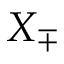
X _ { \mp }